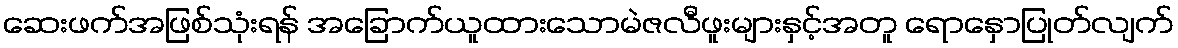
ဆေးဖက်အဖြစ်သုံးရန် အခြောက်ယူထားသောမဲဇလီဖူးများနှင့်အတူ ရောနှောပြုတ်လျက်